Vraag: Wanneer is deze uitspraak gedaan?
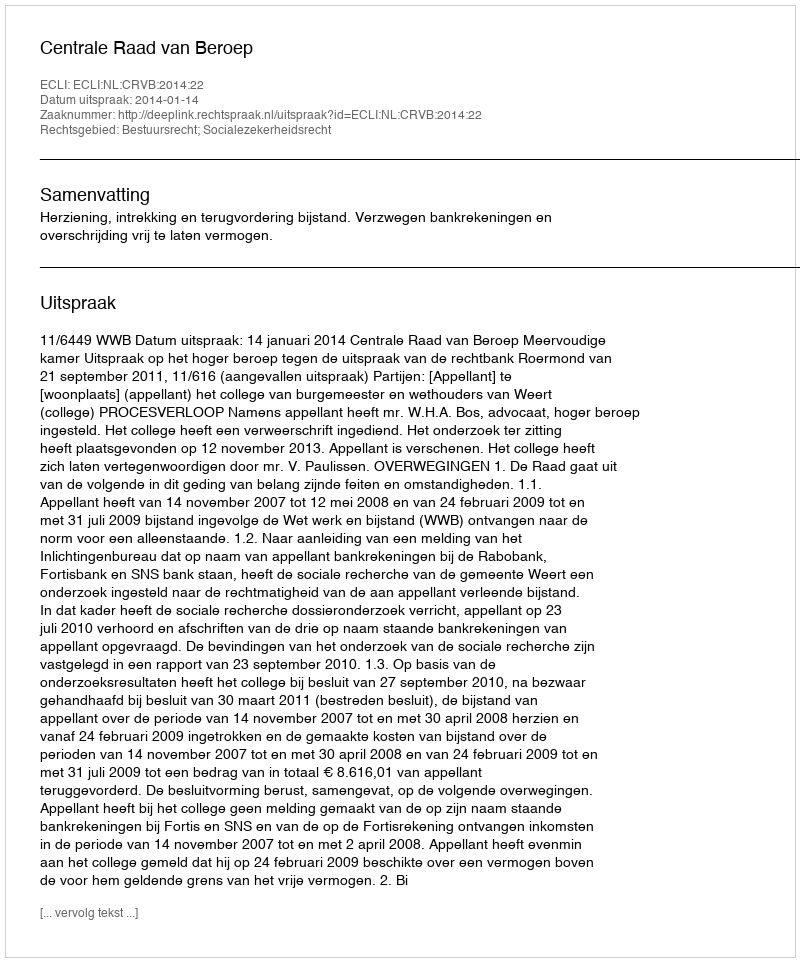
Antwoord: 2014-01-14